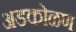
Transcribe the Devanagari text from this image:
अडकोळण